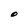
Character: O